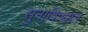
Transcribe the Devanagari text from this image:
सुनाविण्यात